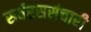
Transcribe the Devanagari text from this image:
सर्वरससंचारी